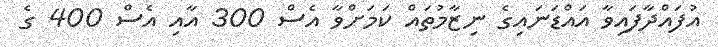
އުފައްދާފައިވާ އައްޑަނައިގެ ނިޒާމުތައް ކަމަށްވާ އެސް 300 އާއި އެސް 400 ގެ